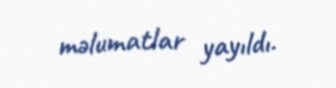
məlumatlar yayıldı.